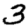
Digit: 3